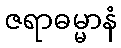
ဇရာဓမ္မာနံ